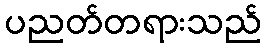
ပညတ်တရားသည်